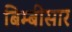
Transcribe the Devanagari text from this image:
बिम्बीसार